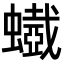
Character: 𧓥